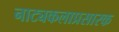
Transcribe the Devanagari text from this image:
नाट्यकलाप्रसारक